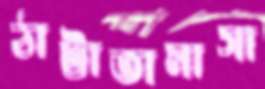
ঠাট্টাতামাসা